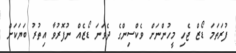
ފުރަތަމަ ޑޯޒް ޖެހި މީހުންނަށް ވެކްސިންގެ ދެވަނަ ޑޯޒެއް ނުފޮރުވާ އިތުުރު ބަޔަކަށް